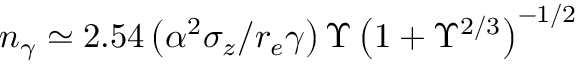
n _ { \gamma } \simeq 2 . 5 4 \left( \alpha ^ { 2 } \sigma _ { z } / r _ { e } \gamma \right) \Upsilon \left( 1 + \Upsilon ^ { 2 / 3 } \right) ^ { - 1 / 2 }